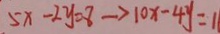
5 x - 2 y = 8 \rightarrow 1 0 x - 4 y = 1